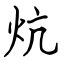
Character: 炕